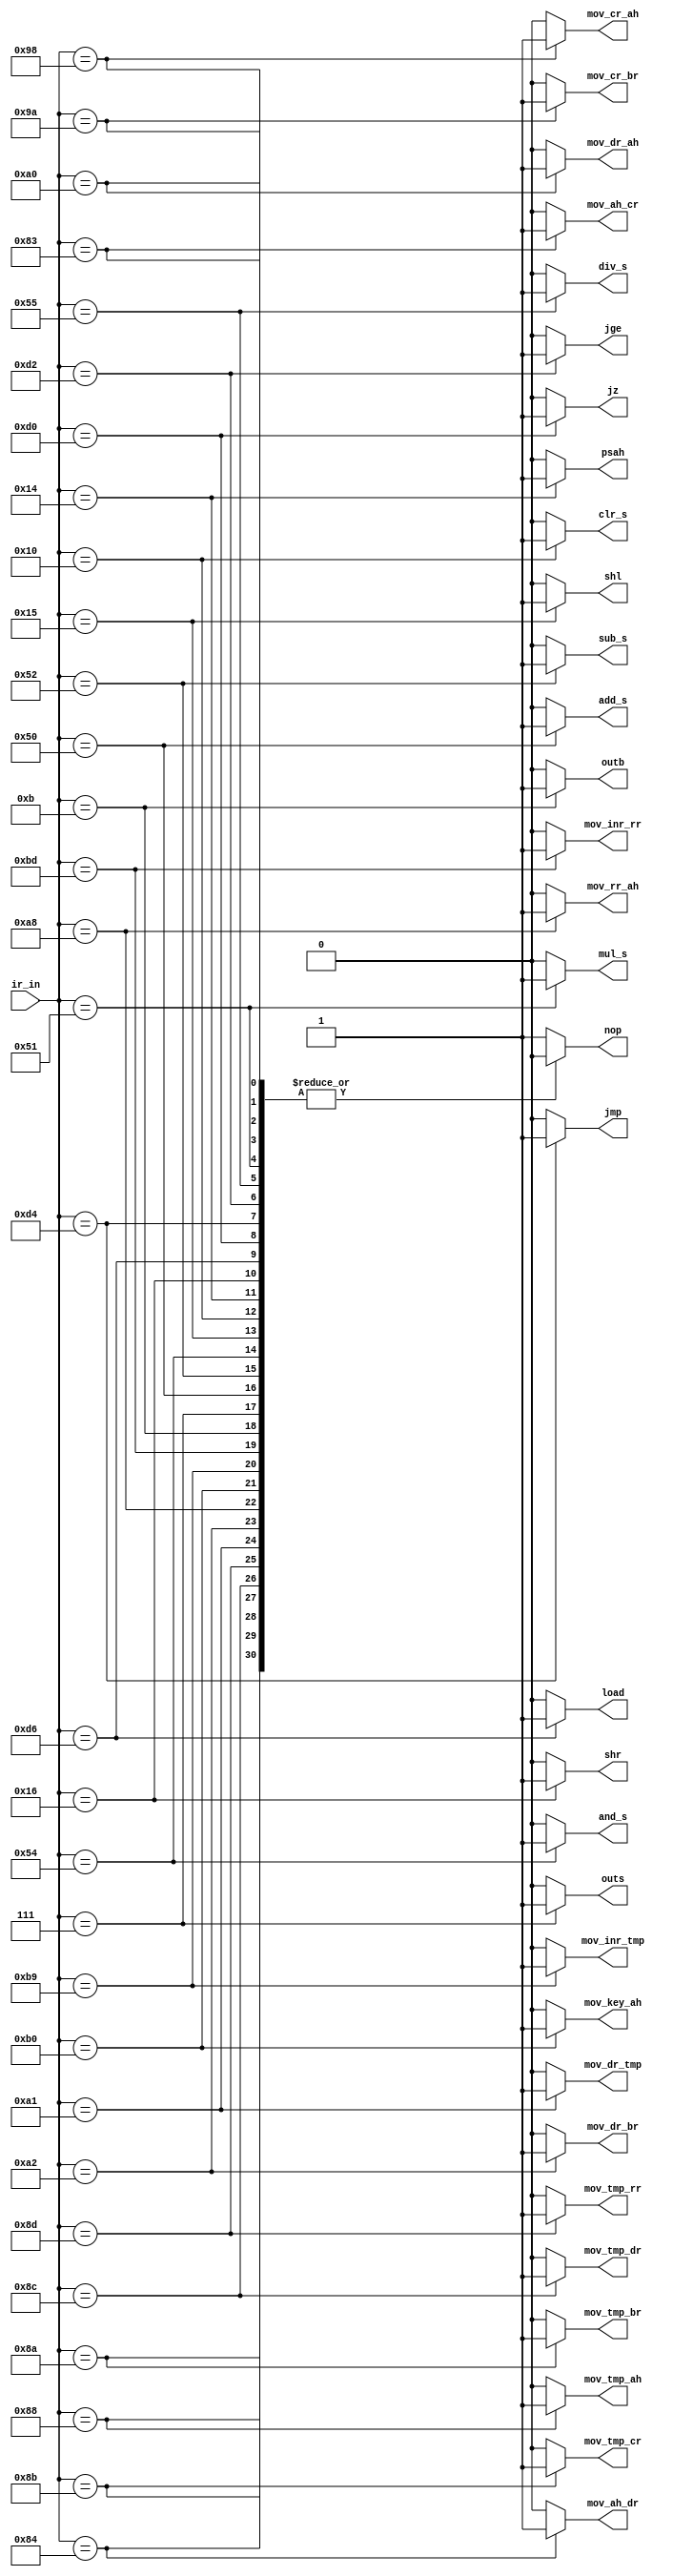
`timescale 1ns / 1ps
//////////////////////////////////////////////////////////////////////////////////
// Company: 
// Engineer: 
// 
// Design Name: 
// Module Name: instr_decoder
// Project Name: 
// Target Devices: 
// Tool Versions: 
// Description: 
// 
// Dependencies: 
// 
// Revision:
// Revision 0.01 - File Created
// Additional Comments:
// 
//////////////////////////////////////////////////////////////////////////////////
module instr_decoder(
    input [7:0] ir_in, 
    output reg nop, outb, outs, add_s, sub_s, and_s, shl, clr_s, psah, shr, load, jz, jmp, jge ,div_s, mul_s,
            mov_ah_cr, mov_ah_dr, mov_tmp_ah, mov_tmp_br, mov_tmp_cr ,mov_tmp_dr, mov_tmp_rr, mov_cr_ah, mov_cr_br, mov_dr_ah,
            mov_dr_tmp, mov_dr_br, mov_rr_ah, mov_key_ah, mov_inr_tmp, mov_inr_rr );

    always @(ir_in) begin   //ir    0   1. 
        {nop, outb, outs, add_s, sub_s, and_s, shl, clr_s, psah, shr, load, jz, jmp, jge ,div_s, mul_s,
         mov_ah_cr, mov_ah_dr, mov_tmp_ah, mov_tmp_br, mov_tmp_cr ,mov_tmp_dr, mov_tmp_rr, mov_cr_ah, mov_cr_br, mov_dr_ah,
         mov_dr_tmp, mov_dr_br, mov_rr_ah, mov_key_ah, mov_inr_tmp, mov_inr_rr } = 0;
         case(ir_in)
            8'h00 : nop = 1;
            8'h0B : outb = 1;
            8'h07 : outs = 1;
            8'h50 : add_s = 1;
            8'h52 : sub_s = 1;
            8'h54 : and_s = 1;
            8'h15 : shl = 1; 
            8'h10 : clr_s = 1; 
            8'h14 : psah = 1; 
            8'h16 : shr = 1; 
            8'hD6 : load = 1; 
            8'hD0 : jz = 1; 
            8'hD4 : jmp = 1; 
            8'hD2 : jge = 1;
            8'h55 : div_s = 1;
            8'h51 : mul_s = 1;
            8'h83 : mov_ah_cr = 1;
            8'h84 : mov_ah_dr = 1;
            8'h88 : mov_tmp_ah = 1;
            8'h8A : mov_tmp_br = 1;
            8'h8B : mov_tmp_cr = 1;
            8'h8C : mov_tmp_dr = 1;
            8'h8D : mov_tmp_rr = 1;
            8'h98 : mov_cr_ah = 1;
            8'h9A : mov_cr_br = 1;
            8'hA0 : mov_dr_ah = 1;
            8'hA1 : mov_dr_tmp = 1;
            8'hA2 : mov_dr_br = 1;
            8'hA8 : mov_rr_ah = 1;
            8'hB0 : mov_key_ah = 1;
            8'hB9 : mov_inr_tmp = 1;
            8'hBD : mov_inr_rr = 1;
            default : nop = 1; 
         endcase  
     end          
 endmodule